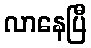
လာနေပြီ